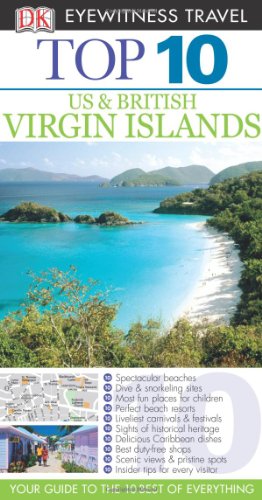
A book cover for Top 10 US & British Virgin Islands (Eyewitness Top 10 Travel Guide); Lynda Lohr; Travel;